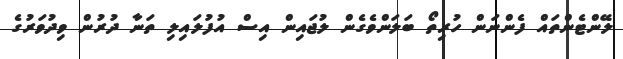
ލޭންޓެންތައް ފެންނަން ހުރިތޯ ބަލަންވެގެން ލުޖައިން އިސް އުފުލައިލި ތަނާ ދުރުން ވިދުވަރުގެ